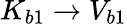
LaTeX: K_{b1}\rightarrow V_{b1}